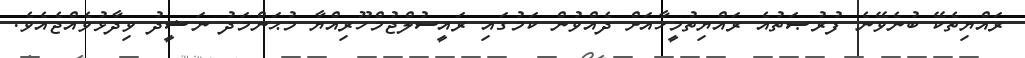
ރައްޔިތެކޭ ބުނެވޭނެ ފުރުޞަތުއެ ރައްޔިތުމީހާއަށް ދެއްވުން ކަމުގައި ރައީސުލްޖުމްހޫރިއްޔާ މުޙަންމަދު ނަޝީދު ވިދާޅުވެއްޖެއެވެ.